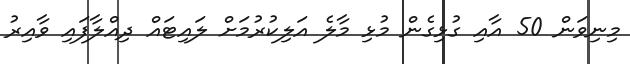
މިނިވަން 50 އާއި ގުޅިގެން މުޅި މާލެ އަލިކުރުމަށް ލައިޓައް ދިއްލާފައި ވާއިރު